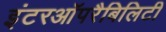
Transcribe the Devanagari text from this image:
इंटरऑपरैबिलिटी